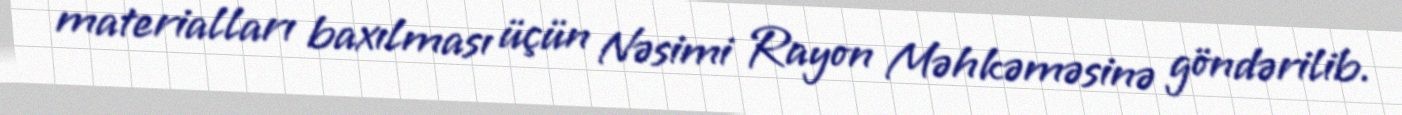
materialları baxılması üçün Nəsimi Rayon Məhkəməsinə göndərilib.